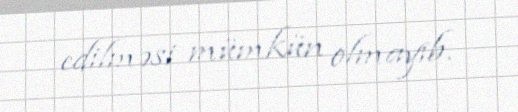
edilməsi mümkün olmayıb.